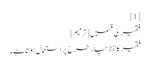
[1]
فقیر کی قسمیں[ترمیم]
فقیر کا لفظ چار طرح پر استعمال ہوتا ہے۔